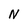
Character: N